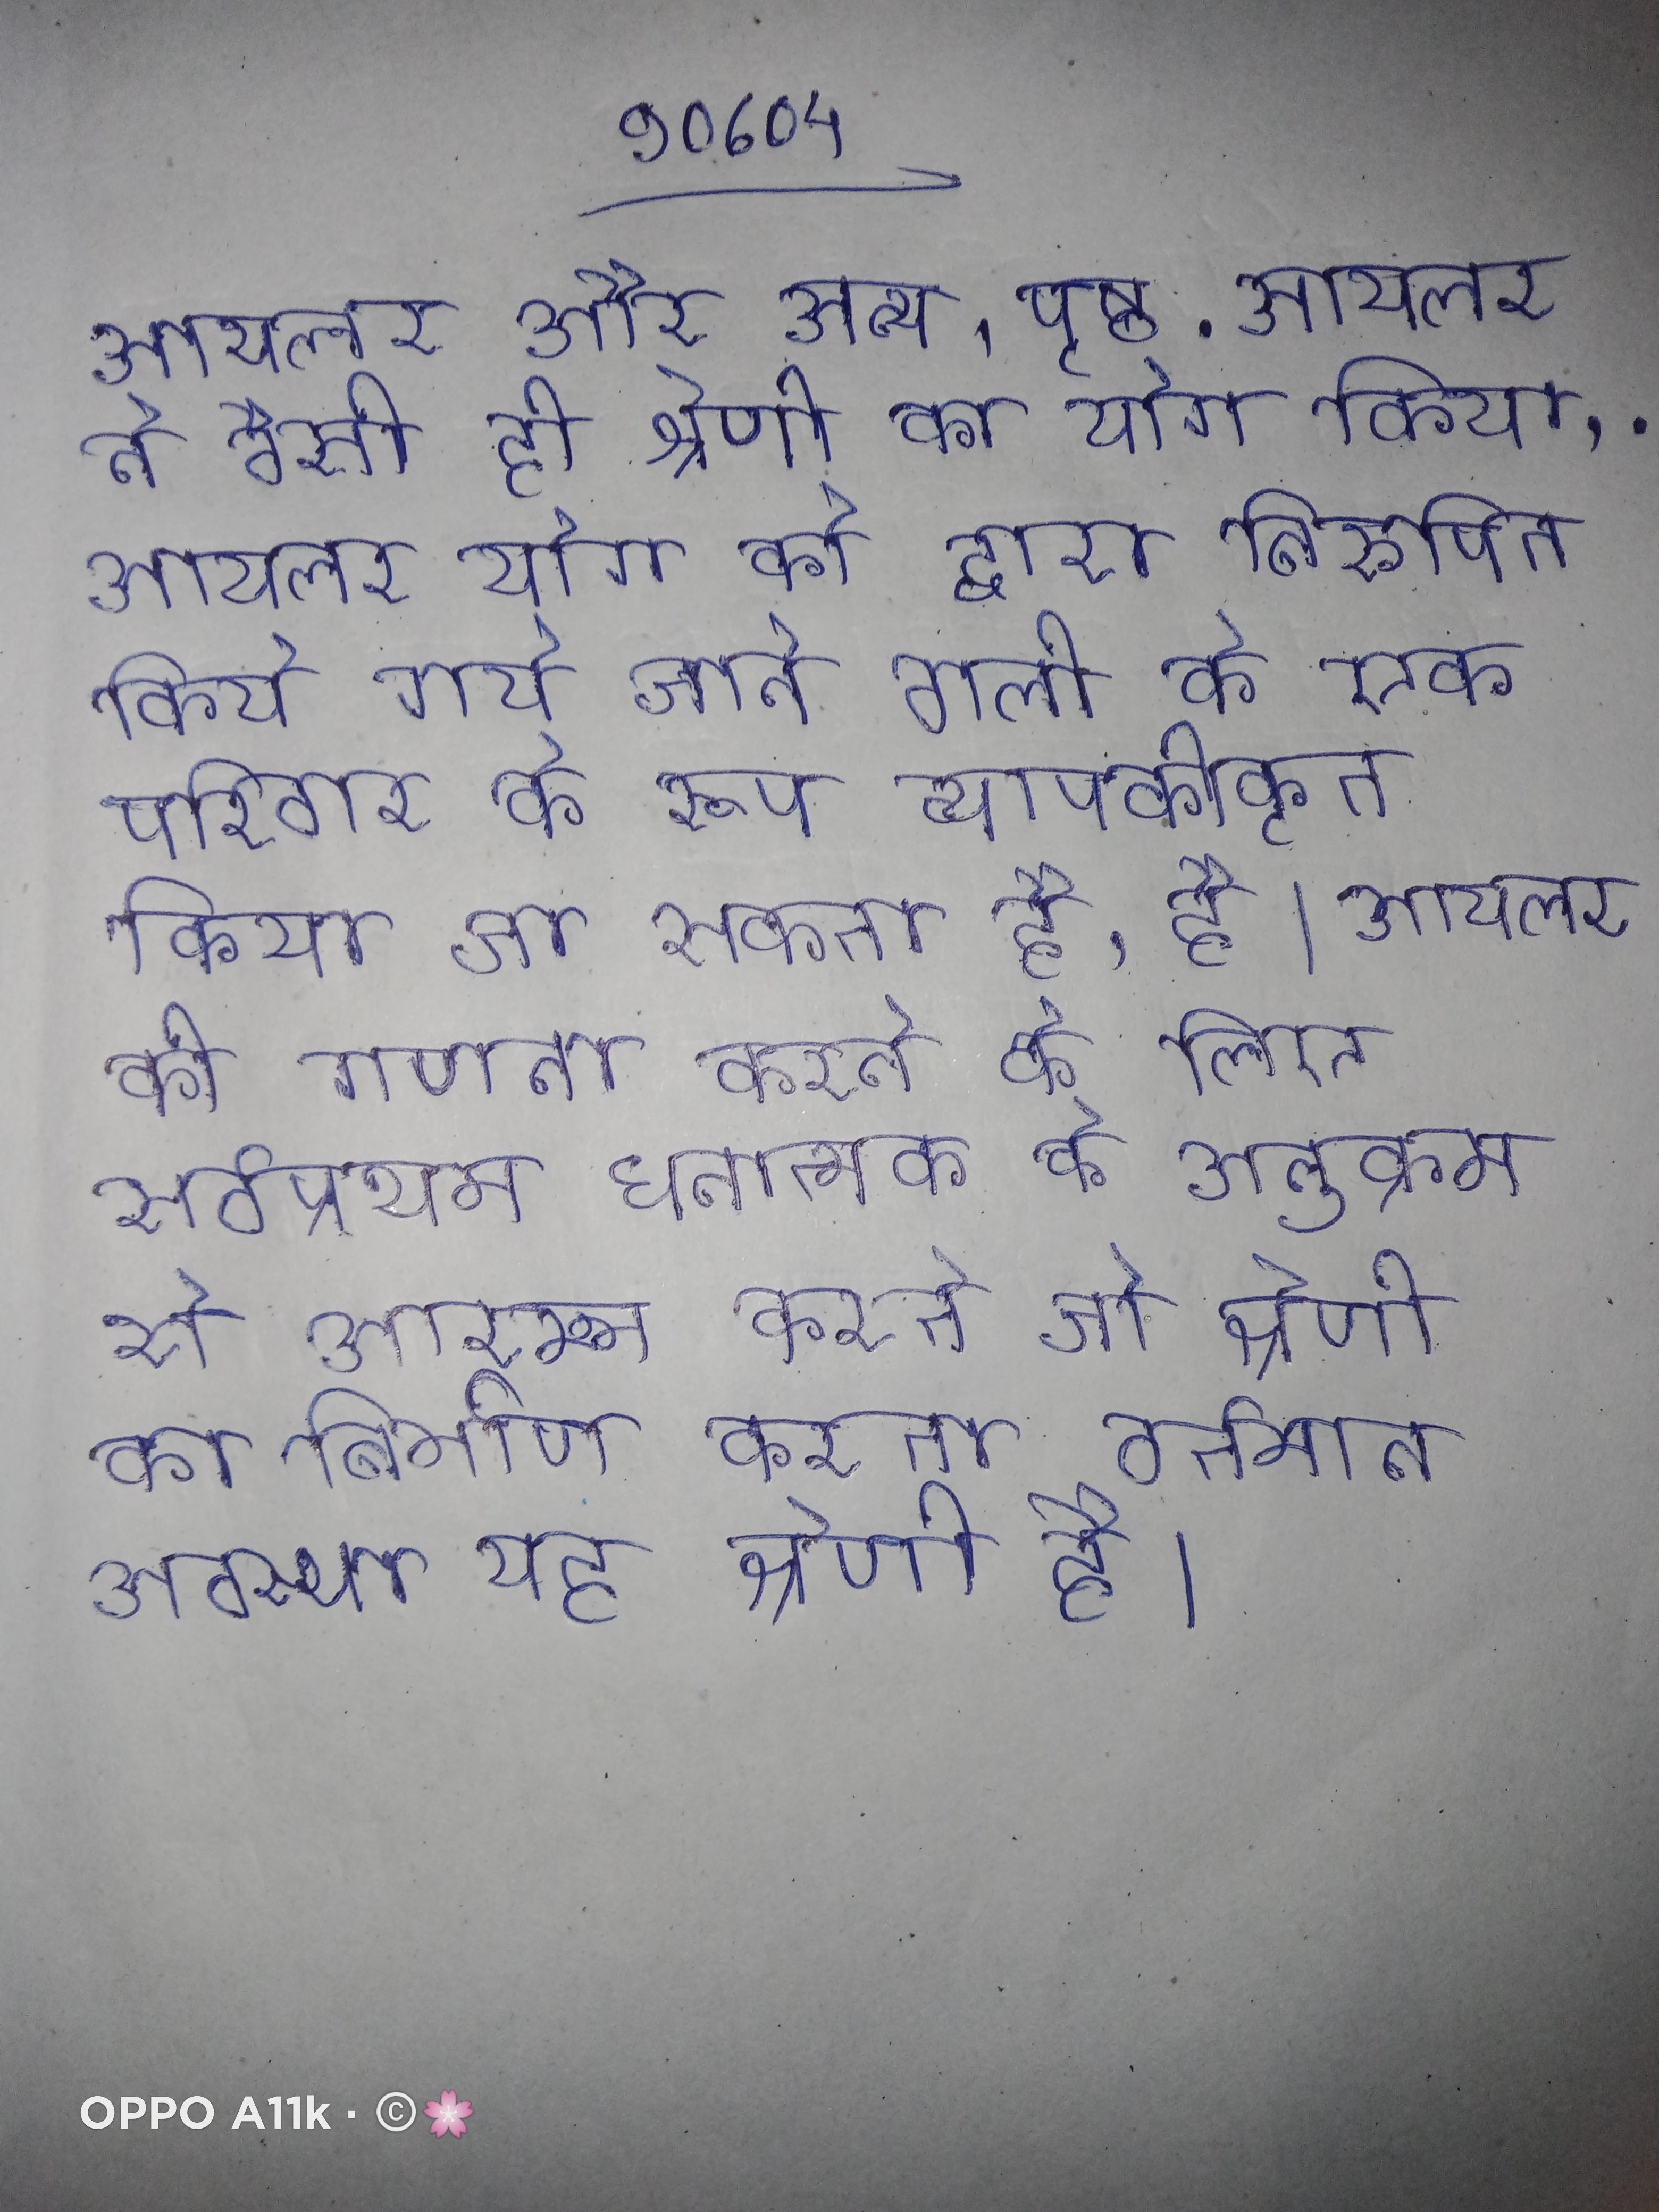
आयलर और अन्य, पृष्ठ . आयलर ने वैसी ही श्रेणी का योग किया, . आयलर योग को द्वारा निरुपित किये गये जाने वाली के एक परिवार के रूप व्यापकीकृत किया जा सकता है, है । आयलर की गणना करने के लिए सर्वप्रथम धनात्मक के अनुक्रम से आरम्भ करते जो श्रेणी का निर्माण करता वर्तमान अवस्था यह श्रेणी है ।